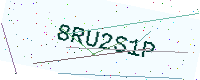
Text: 8RU2S1P